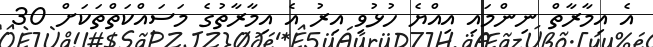
އެ އިމާރާތް ނިންމައި އިއްޔެ ހުޅުވި އިރު އެ އިމާރާތުގެ މަސައްކަތްތަކަށް 30